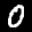
Label: 0